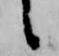
候